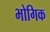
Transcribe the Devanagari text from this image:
भोगिक